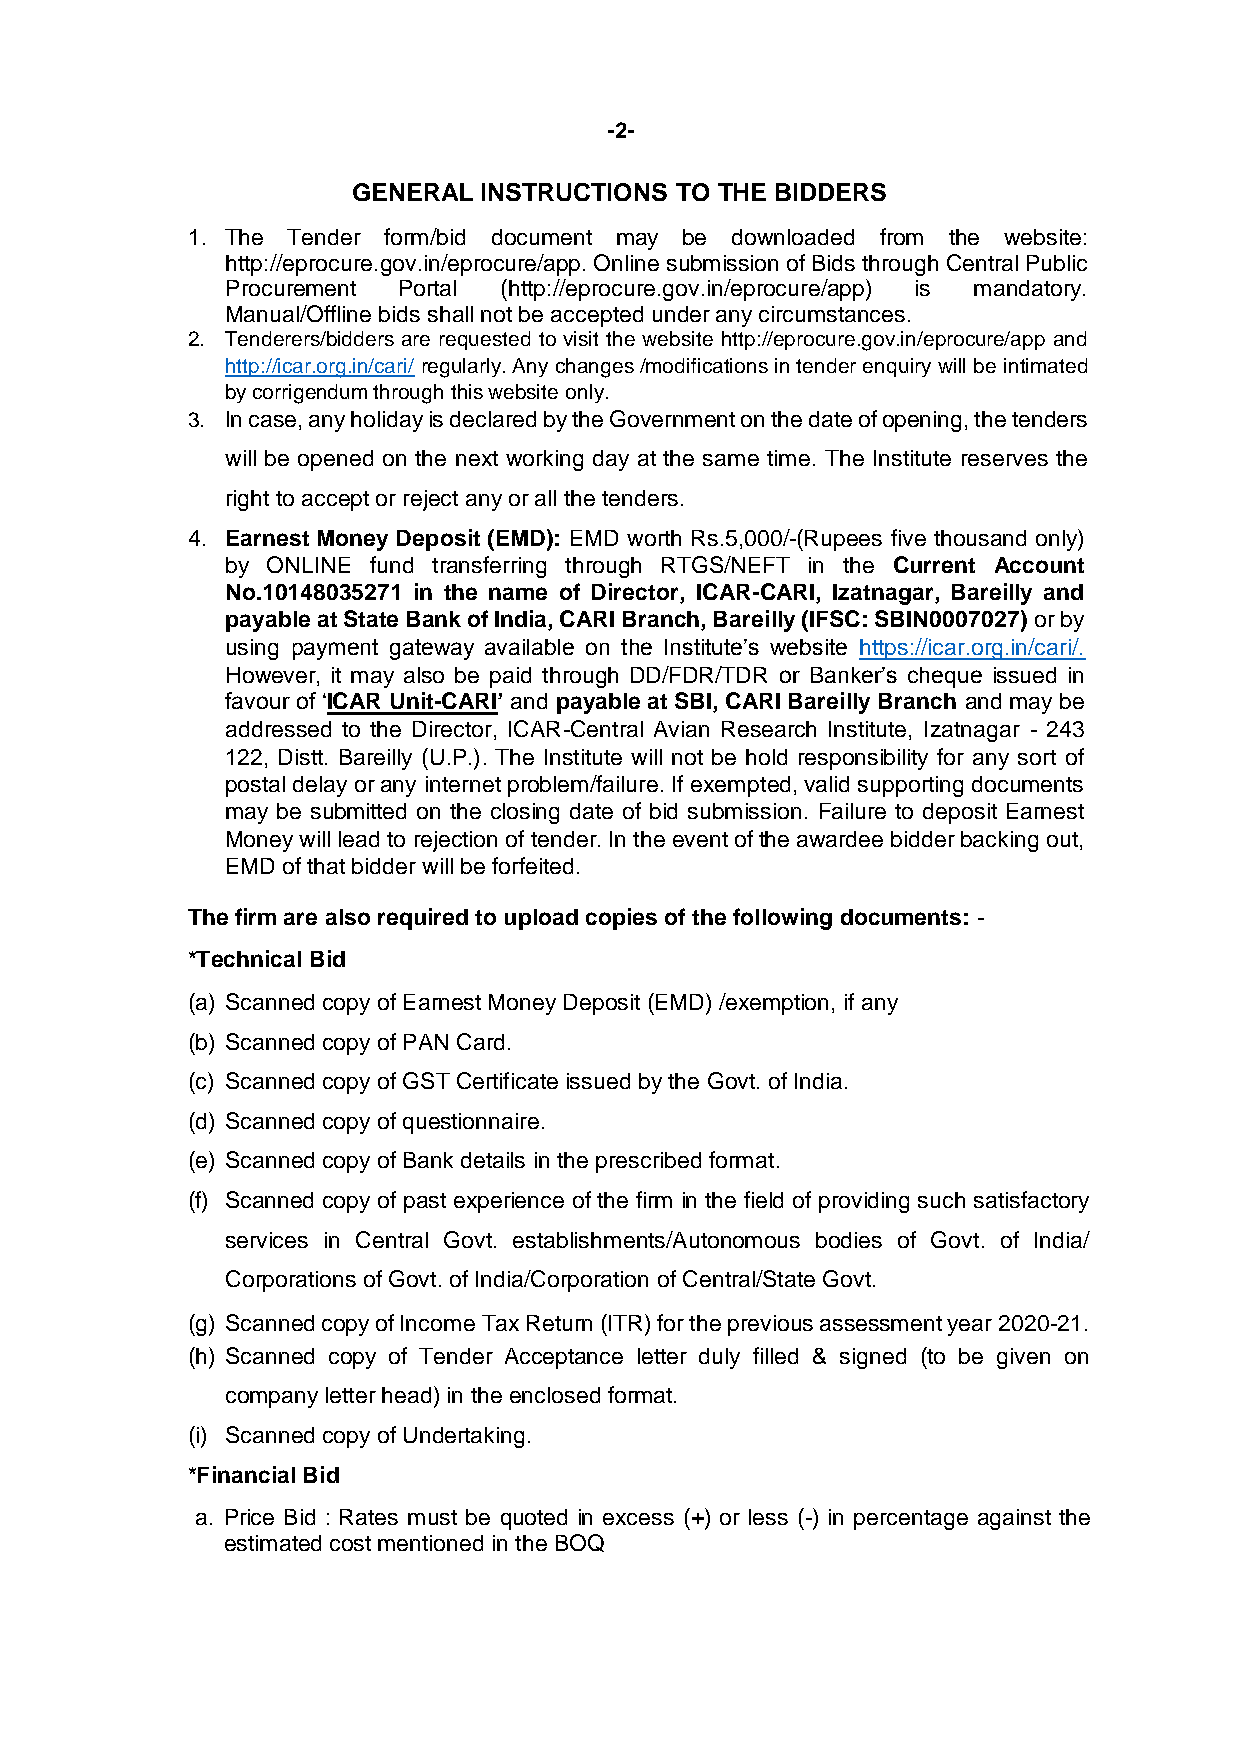
-2-
 GENERAL  INSTRUCTIONS TO THE BIDDERS
 1. The Tender form/bid document may be downloaded from the website:
 http://eprocure.gov.in/eprocure/app. Online submission of Bids through Central Public
 Procurement Portal (http://eprocure.gov.in/eprocure/app) is mandatory.
 Manual/Offline bids shall not be accepted under any circumstances.
 2. Tenderers/bidders are requested to visit the website http://eprocure.gov.in/eprocure/app and
 http://icar.org.in/cari/ regularly. Any changes /modifications in tender enquiry will be intimated
 by corrigendum through this website only.
 3. In case, any holiday is declared by the Government on the date of opening, the tenders
 will be opened on the next working day at the same time. The Institute reserves the
 right to accept or reject any or all the tenders.
 4. Earnest Money Deposit (EMD): EMD worth Rs.5,000/-(Rupees five thousand only)
 by ONLINE fund transferring through RTGS/NEFT in the Current Account
 No.10148035271 in the name of Director, ICAR-CARI, Izatnagar, Bareilly and
 payable at State Bank of India, CARI Branch, Bareilly (IFSC: SBIN0007027) or by
 using payment gateway available on the Institute’s website https://icar.org.in/cari/.
 However, it may also be paid through DD/FDR/TDR or Banker’s cheque issued in
 favour of ‘ICAR Unit-CARI’ and payable at SBI, CARI Bareilly Branch and may be
 addressed to the Director, ICAR-Central Avian Research Institute, Izatnagar - 243
 122, Distt. Bareilly (U.P.). The Institute will not be hold responsibility for any sort of
 postal delay or any internet problem/failure. If exempted, valid supporting documents
 may be submitted on the closing date of bid submission. Failure to deposit Earnest
 Money will lead to rejection of tender. In the event of the awardee bidder backing out,
 EMD of that bidder will be forfeited.
 The firm are also required to upload copies of the following documents: -
 *Technical Bid
 (a) Scanned copy of Earnest Money Deposit (EMD) /exemption, if any
 (b) Scanned copy of PAN Card.
 (c) Scanned copy of GST Certificate issued by the Govt. of India.
 (d) Scanned copy of questionnaire.
 (e) Scanned copy of Bank details in the prescribed format.
 (f) Scanned copy of past experience of the firm in the field of providing such satisfactory
 services in Central Govt. establishments/Autonomous bodies of Govt. of India/
 Corporations of Govt. of India/Corporation of Central/State Govt.
 (g) Scanned copy of Income Tax Return (ITR) for the previous assessment year 2020-21.
 (h) Scanned copy of Tender Acceptance letter duly filled & signed (to be given on
 company letter head) in the enclosed format.
 (i) Scanned copy of Undertaking.
 *Financial Bid
 a. Price Bid : Rates must be quoted in excess (+) or less (-) in percentage against the
 estimated cost mentioned in the BOQ